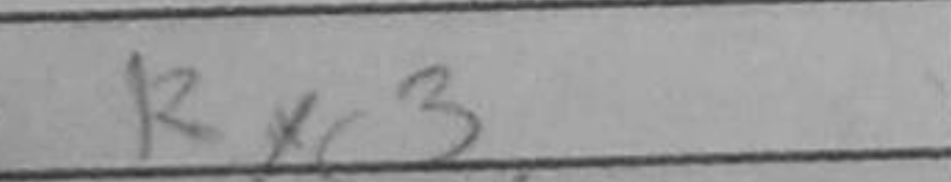
Transcription: Rxc3